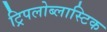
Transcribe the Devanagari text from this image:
ट्रिपलोब्लास्टिक